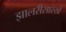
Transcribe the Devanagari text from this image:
झालरीसारखे